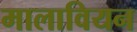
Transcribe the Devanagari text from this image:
मालावियन